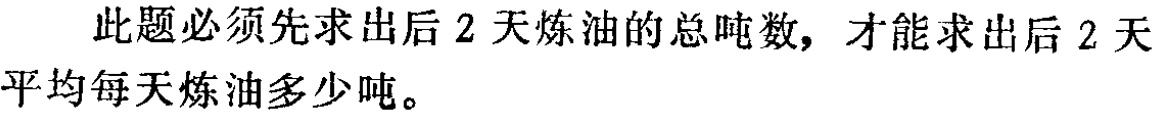
此题必须先求出后 2 天炼油的总吨数，才能求出后 2 天平均每天炼油多少吨。